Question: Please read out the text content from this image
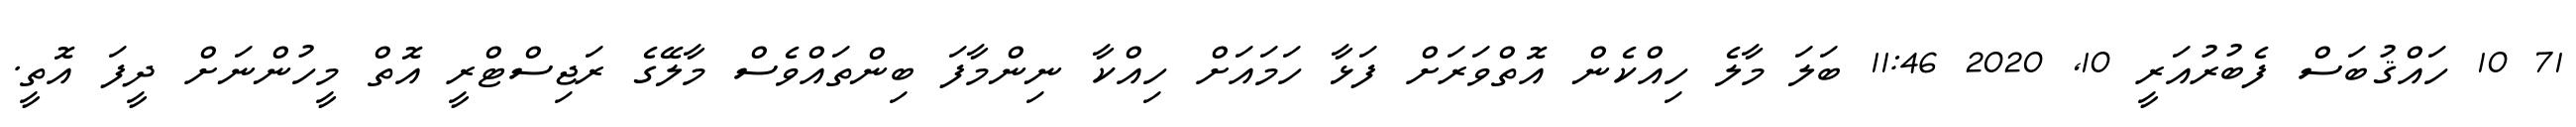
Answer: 71 10 ހައްޤުބަސް ފެބުރުއަރީ 10, 2020 11:46 ބަލަ މާލެ ހިއްކެން އޮތްވަރަށް ފަޅާ ހަމައަށް ހިއްކާ ނިންމާފަ ބިންތައްވެސް މާލޭގެ ރަޖިސްޓްރީ އޮތް މީހުންނަށް ދީފަ އޮތީ.